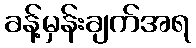
ခန့်မှန်းချက်အရ